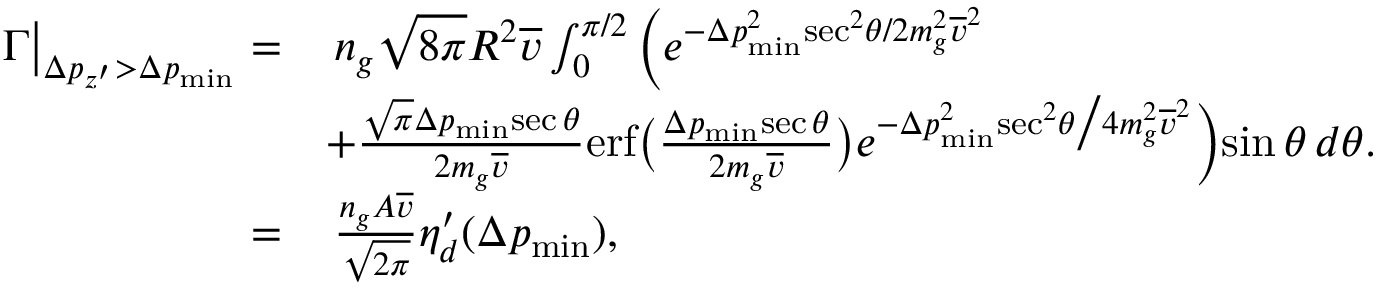
\begin{array} { r l } { \Gamma \big | _ { \Delta p _ { z ^ { \prime } } > \Delta p _ { \mathrm { m i n } } } = } & { \, n _ { g } \sqrt { 8 \pi } R ^ { 2 } \overline { { v } } \int _ { 0 } ^ { \pi / 2 } \bigg ( e ^ { - \Delta p _ { \mathrm { m i n } } ^ { 2 } \mathrm { s e c } ^ { 2 } \theta / 2 m _ { g } ^ { 2 } \overline { { v } } ^ { 2 } } } \\ & { + \frac { \sqrt { \pi } \Delta p _ { \mathrm { m i n } } \mathrm { s e c } \, \theta } { 2 m _ { g } \overline { { v } } } \mathrm { e r f } \big ( \frac { \Delta p _ { \mathrm { m i n } } \mathrm { s e c } \, \theta } { 2 m _ { g } \overline { { v } } } \big ) e ^ { - \Delta p _ { \mathrm { m i n } } ^ { 2 } \mathrm { s e c } ^ { 2 } \theta \big / 4 m _ { g } ^ { 2 } \overline { { v } } ^ { 2 } } \bigg ) \mathrm { s i n } \, \theta \, d \theta . } \\ { = } & { \, \frac { n _ { g } A \overline { { v } } } { \sqrt { 2 \pi } } \eta _ { d } ^ { \prime } ( \Delta p _ { \mathrm { m i n } } ) , } \end{array}